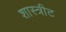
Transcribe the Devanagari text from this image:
शास्त्रीट